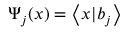
\Psi _ { j } ( x ) = \left\langle x | b _ { j } \right\rangle